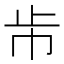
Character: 𣥈